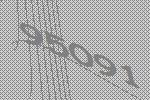
95091